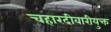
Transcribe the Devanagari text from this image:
चहारदीवारीयुक्त